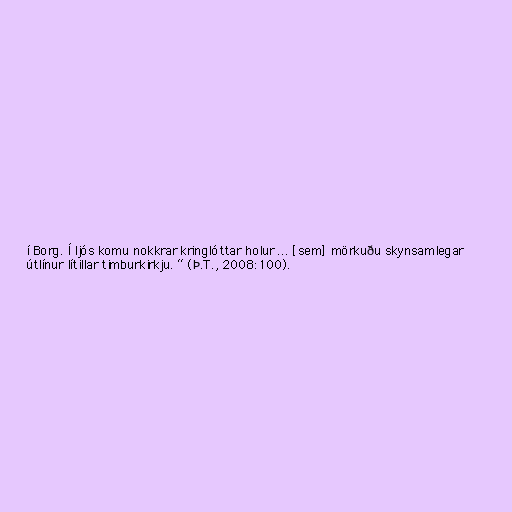
í Borg. Í ljós komu nokkrar kringlóttar holur ... [sem] mörkuðu skynsamlegar
útlínur lítillar timburkirkju. “ (Þ.T., 2008:100).